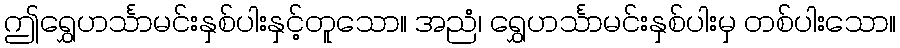
ဤရွှေဟင်္သာမင်းနှစ်ပါးနှင့်တူသော။ အညံ၊ ရွှေဟင်္သာမင်းနှစ်ပါးမှ တစ်ပါးသော။